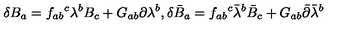
\delta B _ { a } = f _ { a b } { } ^ { c } \lambda ^ { b } B _ { c } + G _ { a b } \partial \lambda ^ { b } , \delta \bar { B } _ { a } = f _ { a b } { } ^ { c } \bar { \lambda } ^ { b } \bar { B } _ { c } + G _ { a b } \bar { \partial } \bar { \lambda } ^ { b }